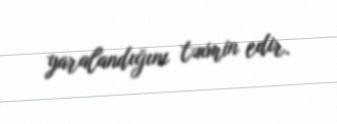
yaralandığını təxmin edir.